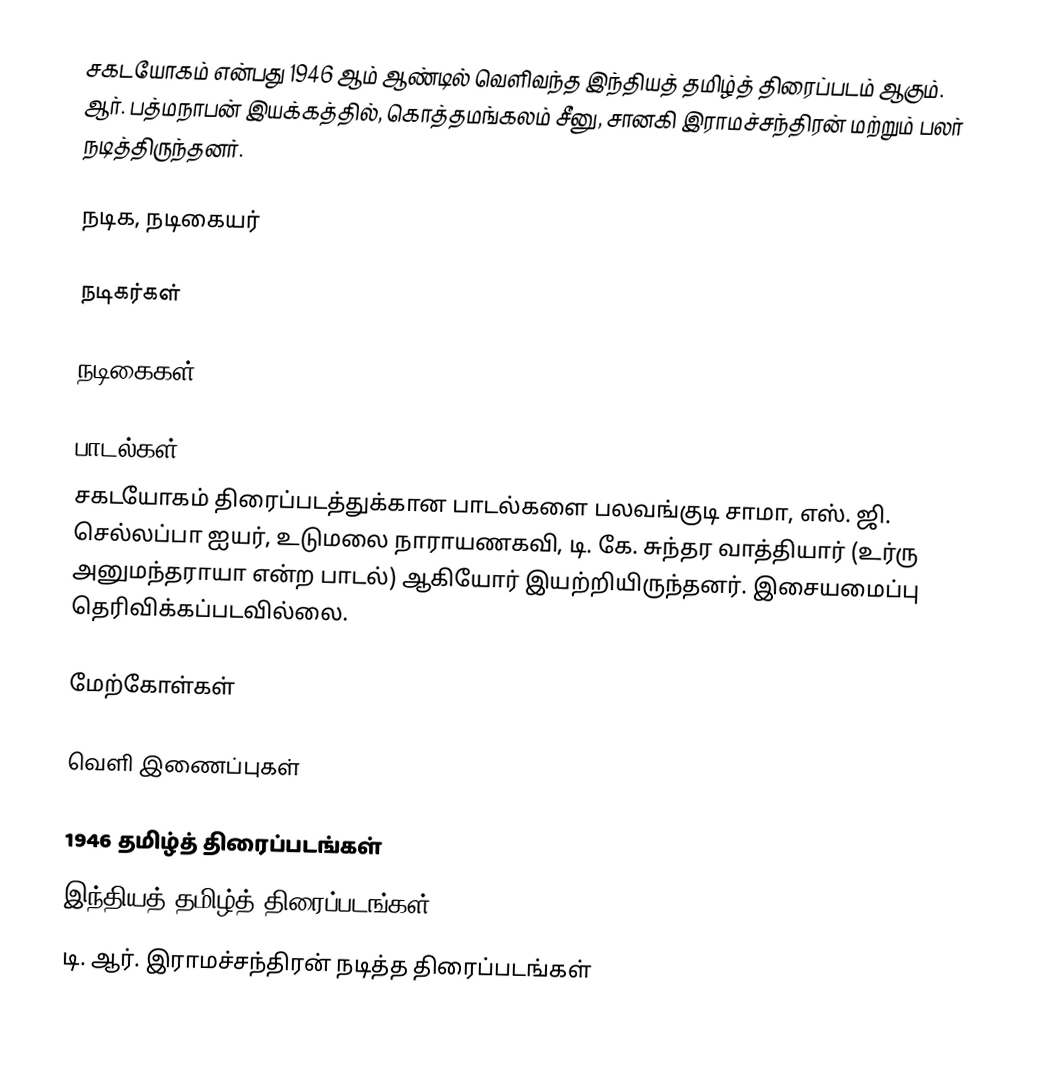
சகடயோகம் என்பது 1946 ஆம் ஆண்டில் வெளிவந்த இந்தியத் தமிழ்த் திரைப்படம் ஆகும். ஆர். பத்மநாபன் இயக்கத்தில், கொத்தமங்கலம் சீனு, சானகி இராமச்சந்திரன் மற்றும் பலர் நடித்திருந்தனர்.

நடிக, நடிகையர்

நடிகர்கள்

நடிகைகள்

பாடல்கள்
சகடயோகம் திரைப்படத்துக்கான பாடல்களை பலவங்குடி சாமா, எஸ். ஜி. செல்லப்பா ஐயர், உடுமலை நாராயணகவி, டி. கே. சுந்தர வாத்தியார் (உர்ரு அனுமந்தராயா என்ற பாடல்) ஆகியோர் இயற்றியிருந்தனர். இசையமைப்பு தெரிவிக்கப்படவில்லை.

மேற்கோள்கள்

வெளி இணைப்புகள்

1946 தமிழ்த் திரைப்படங்கள்
இந்தியத் தமிழ்த் திரைப்படங்கள்
டி. ஆர். இராமச்சந்திரன் நடித்த திரைப்படங்கள்